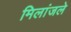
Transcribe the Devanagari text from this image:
मिलांजले